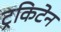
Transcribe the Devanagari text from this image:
ट्रकिटेन